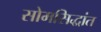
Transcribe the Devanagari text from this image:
सोमसिद्धांत